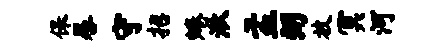
保晷守招蜷湫孟弼放冥河